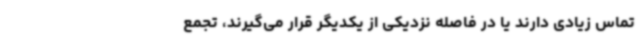
تماس زیادی دارند یا در فاصله نزدیکی از یکدیگر قرار می‌گیرند، تجمع